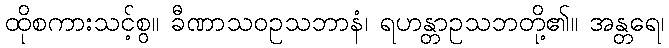
ထိုစကားသင့်စွ။ ခီဏာသဝဥသဘာနံ၊ ရဟန္တာဥသဘတို့၏။ အန္တရေ၊